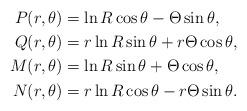
LaTeX: \begin{align*} P(r,\theta ) &=\ln R\cos\theta -\Theta \sin \theta ,\\ Q(r,\theta ) &=r\ln R\sin \theta +r\Theta \cos \theta ,\\ M(r,\theta ) &=\ln R\sin\theta +\Theta \cos \theta ,\\ N(r,\theta ) &=r\ln R\cos \theta -r\Theta \sin \theta . \end{align*}